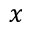
x